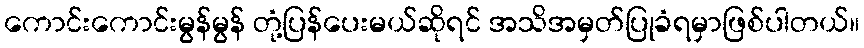
ကောင်းကောင်းမွန်မွန် တုံ့ပြန်ပေးမယ်ဆိုရင် အသိအမှတ်ပြုခံရမှာဖြစ်ပါတယ်။